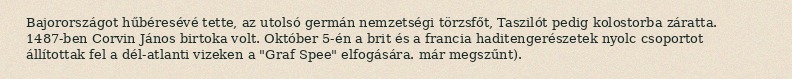
Bajorországot hűbéresévé tette, az utolsó germán nemzetségi törzsfőt, Taszilót pedig kolostorba záratta. 1487-ben Corvin János birtoka volt. Október 5-én a brit és a francia haditengerészetek nyolc csoportot állítottak fel a dél-atlanti vizeken a "Graf Spee" elfogására. már megszűnt).